Vaccination in the Punjab 1883-1896 - 1883-1896
Year: 1883
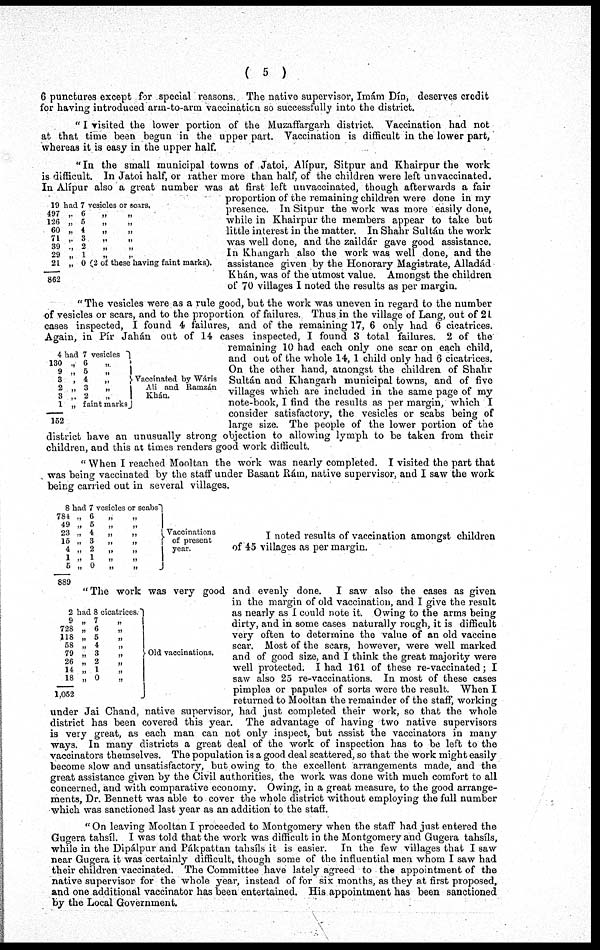
( 5 )
6 punctures except for special reasons. The native supervisor, Imám Dín, deserves credit
for having introduced arm-to-arm vaccination so successfully into the district.
"I visited the lower portion of the Muzaffargarh district. Vaccination had not
at that time been begun in the upper part. Vaccination is difficult in the lower part,
whereas it is easy in the upper half.
19 had 7 vesicles or scars.
497
126
60
71
39
29
21
862
„
6
„
„
„
5
„
„
„
4
„
„
„
3
„
„
„ 2
„
„
„
1
„
„
„ 0 (2 of these having faint marks).
"In the small municipal towns of Jatoi, Alípur, Sitpur and Khairpur the work
is difficult. In Jatoi half, or rather more than half, of the children were left unvaccinated.
In Alípur also a great number was at first left unvaccinated, though afterwards a fair
proportion of the remaining children were done in my
presence. In Sitpur the work was more easily done,
while in Khairpur the members appear to take but
little interest in the matter. In Shahr Sultán the work
was well done, and the zaildár gave good assistance.
In Khangarh also the work was well done, and the
assistance given by the Honorary Magistrate, Alladád
Khán, was of the utmost value. Amongst the children
of 70 villages I noted the results as per margin.
4 had 7 vesicles
130
9
3
2
3
1
152
„ 6
„
„ 5
„
„ 4
„
„ 3
„
„ 2 „
„ faint marks
Vaccinated by Wáris
Ali and Ramzán
Khán.
"The vesicles were as a rule good, but the work was uneven in regard to the number
of vesicles or scars, and to the proportion of failures. Thus in the village of Lang, out of 21
cases inspected, I found 4 failures, and of the remaining 17, 6 only had 6 cicatrices.
Again, in Pír Jahán out of 14 cases inspected, I found 3 total failures. 2 of the
remaining 10 had each only one scar on each child,
and out of the whole 14, 1 child only had 6 cicatrices.
On the other hand, amongst the children of Shahr
Sultán and Khangarh municipal towns, and of five
villages which are included in the same page of my
note-book, I find the results as per margin, which I
consider satisfactory, the vesicles or scabs being of
large size. The people of the lower portion of the
district have an unusually strong objection to allowing lymph to be taken from their
children, and this at times renders good work difficult.
"When I reached Mooltan the work was nearly completed. I visited the part that
was being vaccinated by the staff under Basant Rám, native supervisor, and I saw the work
being carried out in several villages.
8 had 7 vesicles or scabs
784
49
23
15
4
1
5
889
„
6
„
„
„
5
„
„
„
4
„
„
„
3
„
„
„ 2
„
„
„
1
„
„
„
0
„
„
Vaccinations
of present
year.
I noted results of vaccination amongst children
of 45 villages as per margin.
2 had 8 cicatrices.
9
728
118
58
79
26
14
18
1,052
„ 7 „
„ 6
„
„ 5
„
„
4
„
„
3
„
„ 2
„
„ 1„
„ 1 „
„ 1 „
Old vaccinations.
"The work was very good and evenly done. I saw also the cases as given
in the margin of old vaccination, and I give the result
as nearly as I could note it. Owing to the arms being
dirty, and in some cases naturally rough, it is difficult
very often to determine the value of an old vaccine
scar. Most of the scars, however, were well marked
and of good size, and I think the great majority were
well protected. I had 1.61 of these re-vaccinated; I
saw also 25 re-vaccinations. In most of these cases
pimples or papules of sorts were the result. When I
returned to Mooltan the remainder of the staff, working
under Jai Chand, native supervisor, had just completed their work, so that the whole
district has been covered this year. The advantage of having two native supervisors
is very great, as each man can not only inspect, but assist the vaccinators in many
ways. In many districts a great deal of the work of inspection has to be left to the
vaccinators themselves. The population is a good deal scattered, so that the work might easily
become slow and unsatisfactory, but owing to the excellent arrangements made, and the
great assistance given by the Civil authorities, the work was done with much comfort to all
concerned, and with comparative economy. Owing, in a great measure, to the good arrange-
ments, Dr. Bennett was able to cover the whole district without employing the full number
which was sanctioned last year as an addition to the staff.
"On leaving Mooltan I proceeded to Montgomery when the staff had just entered the
Gugera tahsíl. I was told that the work was difficult in the Montgomery and Gugera tahsíls,
while in the Dipálpur and Pákpattan tahsíls it is easier. In the few villages that I saw
near Gugera it was certainly difficult, though some of the influential men whom I saw had
their children vaccinated. The Committee have lately agreed to the appointment of the
native supervisor for the whole year, instead of for six months, as they at first proposed,
and one additional vaccinator has been entertained. His appointment has been sanctioned
by the Local Government.